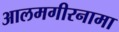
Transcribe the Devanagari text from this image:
आलमगीरनामा